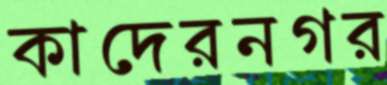
কাদেরনগর